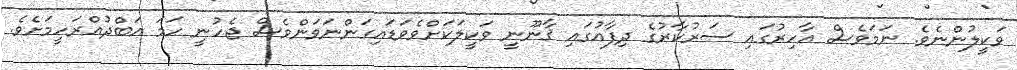
ވަކީލުންނެވެ. ނަމަވެސް އާހިރުގައި ސަރުކާރުގެ ދިފާއުގައި ޤާނޫނީ ވަކީލަކަށްވެވަޑައިގަންނަވަންވެސް ޖެހުނީ ހަމަ އަބްދުއްރަހީމަށެވެ.